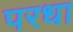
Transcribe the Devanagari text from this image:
परधा